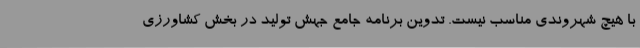
با هیچ شهروندی مناسب نیست. تدوین برنامه جامع جهش تولید در بخش کشاورزی